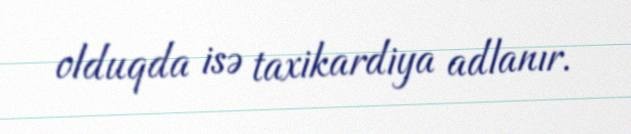
olduqda isə taxikardiya adlanır.